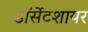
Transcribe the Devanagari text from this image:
डॉर्सेटशायर